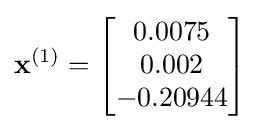
\mathbf {x} ^{(1)}={\begin{bmatrix}0.0075\\0.002\\-0.20944\\\end{bmatrix}}